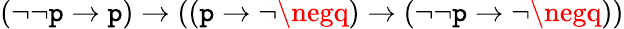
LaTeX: (\neg\neg\mathtt{p}\to\mathtt{p})\to((\mathtt{p}\to\neg\negq)\to(\neg\neg\mathtt{p}\to\neg\negq))